Tezpur Lunatic Asylum reports 1877-1894 - 1877-1894
Year: 1877
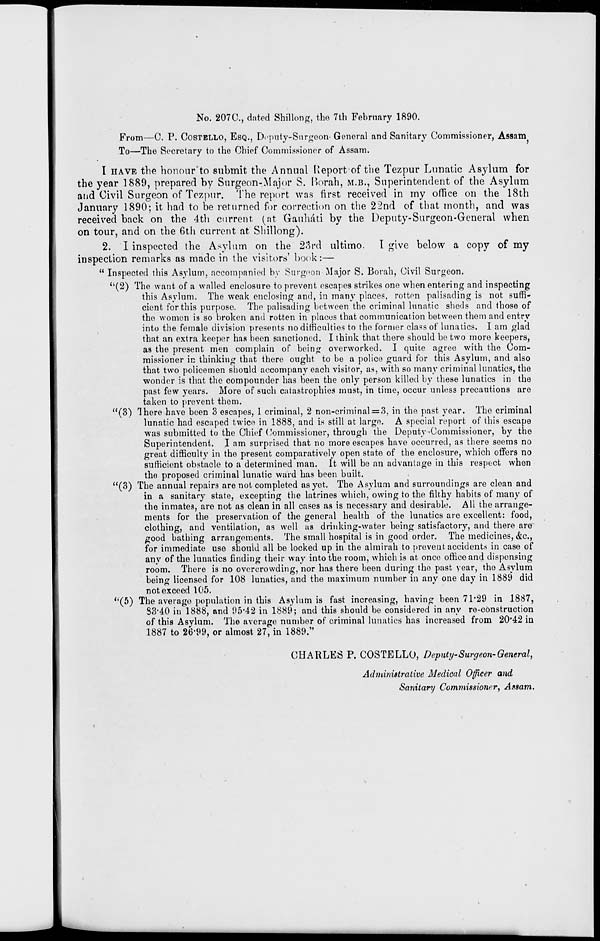
No. 207C, dated Shillong, the 7th February 1890.
From—C. P. COSTBLLO, ESQ., Deputy-Snrgeon- General and Sanitary Commissioner, Assam
To—The Secretary to the Chief Commissioner of Assam.
I HAVE the honour'to submit the Annual Report of the Tezpur Lunatic Asylum for
the year 1880, prepared by Surgeon-Major S. Borah, M.B., Superintendent of the Asylum
and Civil Surgeon of Tezpur. The report was first received in my office on the 18th
January 1890; it had to be returned for correction on the 22nd of that month, and was
received back on the 4th current (at Gauluiti by the Deputy-Surgeon-General when
on tour, and on the 6th current at Shillong).
2. I inspected the Asylum on the 23rd ultimo.
I give below a copy of my
inspection remarks as made in the visitors' book:—
" Inspected this Asylum, accompanied by Surgeon Major S. Borah, Civil Surgeon.
"(2) The want, of a walled enclosure to prevent escapes strikes one when entering and inspecting
this Asylum. The weak enclosing and, in many places, rotten palisading is not suffi-
cient for this purpose. The palisading between the criminal lunatic sheds and those of
the women is so broken and rotten in places that communication between them and entry
into the female division presents no difficulties to the former class of lunatics. I am glad
that an extra keeper has been sanctioned. I think that there .should be two more keepers,
as the present men complain of being overworked. I quite agree with the Com-
missioner in thinking that there ought to be a police guard for this Asylum, and also
that two policemen should accompany each visitor, as, with so many criminal lunatics, the
wonder is that the compounder has been the only person killed by these lunatics in the
past few years. More of such catastrophies must, in time, occur unless precautions are
taken to prevent them.
"(3) There have been 3 escapes, 1 criminal, 2 non-criminal = 3, in the past year. The criminal
lunatic had escaped twice in 1888, and is still at large. A special report of this escape
was submitted to the Chief Commissioner, through the Deputy-Commissioner, by the
Superintendent. I am surprised that no more escapes have occurred, as there seems no
great difficulty in the present comparatively open state of the enclosure, which offers no
sufficient obstacle to a determined man. It will be an advantage in this respect when
the proposed criminal lunatic ward has been built.
"(3) The annual repairs are not, completed as yet. The Asylum and surroundings are clean and
in a sanitary state, excepting the latrines which, owing to the filthy habits of many of
the inmates, are not as clean in all cases as is necessary and desirable. All the arrange-
ments for the preservation of the general health of the lunatics are excellent: food,
clothing, and ventilation, as well as drinking-water being satisfactory, and there are
good bathing arrangements. The small hospital is in good order. The medicines, &c,
for immediate use should all be locked up in the almirah to prevent accidents in case of
any of the lunatics finding their way into the room, which is at once office and dispensing
room. There is no overcrowding, nor has there been during the past year, the Asylum
being licensed for 108 lunatics, and the maximum number in any one day in 1889 did
not exceed 105.
''(5) The average population in this Asylum is fast increasing, having been 71*29 in 1887,
33*40 in 1888, and 95*42 in 1889; and this should be considered in any re-construction
of this Asylum. The average number of criminal lunatics has increased from 20*42 in
1887 to 26*99, or almost 27, in 1889."
CHARLES P. COSTELLO, Deputy Surgeon-General,
Administrative Medical Officer and
Sanitary Commissioner, Assam.